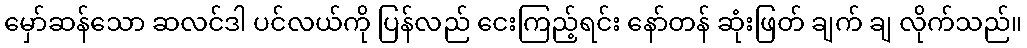
မှော်ဆန်သော ဆလင်ဒါ ပင်လယ်ကို ပြန်လည် ငေးကြည့်ရင်း နော်တန် ဆုံးဖြတ် ချက် ချ လိုက်သည်။